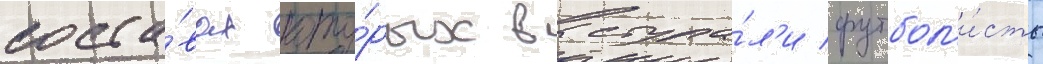
соста́вах кото́рых выступа́л'и футбол'и́сты